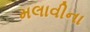
મલાવીના